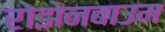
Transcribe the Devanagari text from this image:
रोझेनबाउम